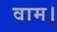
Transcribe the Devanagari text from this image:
वाम।